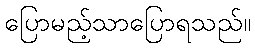
ပြောမည့်သာပြောရသည်။